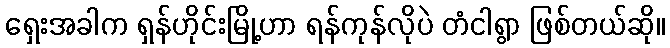
ရှေးအခါက ရှန်ဟိုင်းမြို့ဟာ ရန်ကုန်လိုပဲ တံငါရွာ ဖြစ်တယ်ဆို။